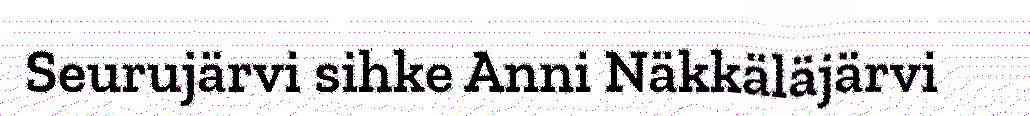
Seurujärvi sihke Anni Näkkäläjärvi